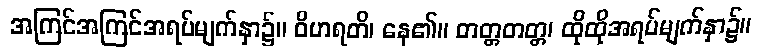
အကြင်အကြင်အရပ်မျက်နှာ၌။ ဝိဟရတိ၊ နေ၏။ တတ္တတတ္တ၊ ထိုထိုအရပ်မျက်နှာ၌။